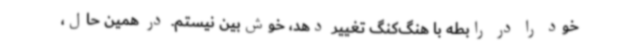
خود را در رابطه با هنگ‌کنگ تغییر دهد، خوش‌بین نیستم. در همین حال،